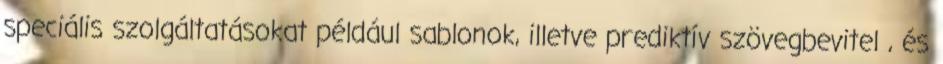
speciális szolgáltatásokat például sablonok, illetve prediktív szövegbevitel , és